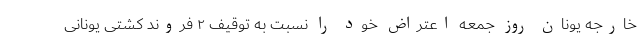
خارجه یونان روز جمعه اعتراض خود را نسبت به توقیف ۲ فروند کشتی یونانی